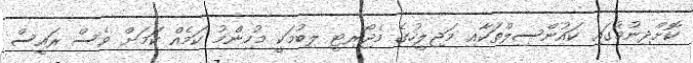
ކޮށްދިނުމުގައި ކައުންސިލްތަކާއި މަޖިލީހުގެ މެޖޯރިޓީ ލިބުމަކީ މުހިންމު ކަމެއް ކަމަށް ވެސް ރައީސް